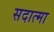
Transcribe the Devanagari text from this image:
सदात्मा